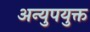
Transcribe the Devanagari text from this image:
अन्युपयुक्त